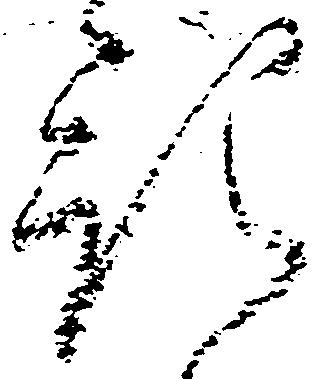
預